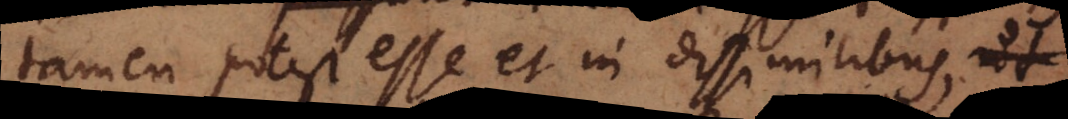
tamen potest esse et in dissimilibus,